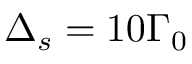
\Delta _ { s } = 1 0 \Gamma _ { 0 }